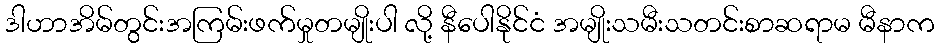
ဒါဟာအိမ်တွင်းအကြမ်းဖက်မှုတမျိုးပါ လို့ နီပေါနိုင်ငံ အမျိုးသမီးသတင်းစာဆရာမ မီနာက